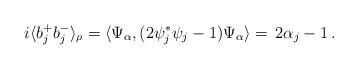
LaTeX: \begin{align*}i \langle b_j^+ b_j^- \rangle_{\rho} = \langle \Psi_\alpha , (2 \psi_j^* \psi_j - 1) \Psi_\alpha \rangle = \, 2 \alpha_j - 1 \, . \end{align*}